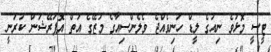
ޓީސީ މޮޅުވެ ނިއުގެ ލީޑް ހަނިވެއްޖެ ވެލެންސިއާގެ މަޒޭގެ އަތް އޮޕަރޭޝަން ކުރަނީ